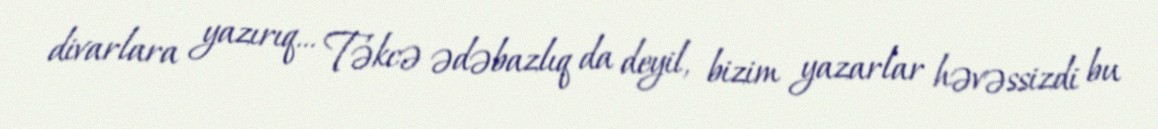
divarlara yazırıq... Təkcə ədəbazlıq da deyil, bizim yazarlar həvəssizdi bu